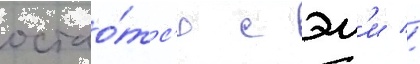
остао́тс'я с эм'и //